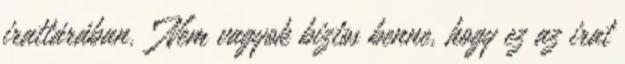
irattárában. "Nem vagyok biztos benne, hogy ez az irat